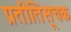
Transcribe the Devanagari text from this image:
प्रतीतिसूचक